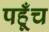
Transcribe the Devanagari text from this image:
पहूँच